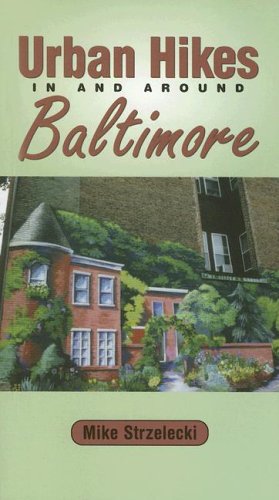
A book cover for Urban Hikes in and Around Baltimore; Mike Strzelecki; Travel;